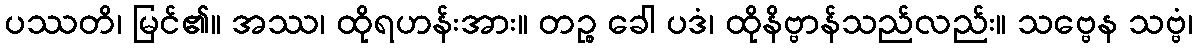
ပဿတိ၊ မြင်၏။ အဿ၊ ထိုရဟန်းအား။ တဉ္စ ခေါ ပဒံ၊ ထိုနိဗ္ဗာန်သည်လည်း။ သဗ္ဗေန သဗ္ဗံ၊